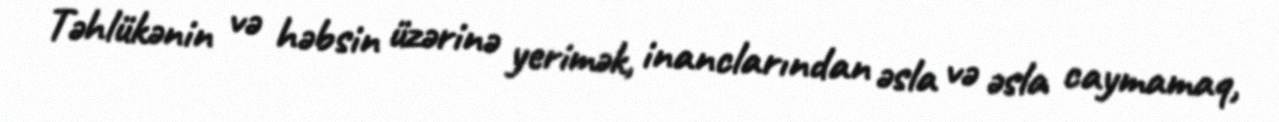
Təhlükənin və həbsin üzərinə yerimək, inanclarından əsla və əsla caymamaq,